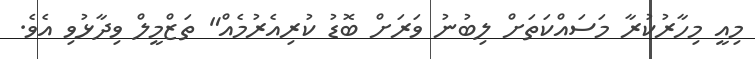
މިއީ މިހާރުކުރާ މަސައްކަތަށް ލިބުނު ވަރަށް ބޮޑު ކުރިއެރުމެއް" ތަޒްމީލް ވިދާޅުވި އެވެ.